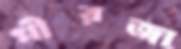
পীরজা